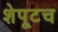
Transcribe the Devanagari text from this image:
शेपूटच